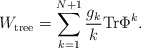
\begin{align*}W_{\mathrm{tree}}=\sum_{k=1}^{N+1}\frac{g_k}{k}\mathrm{Tr} \Phi^k.\end{align*}